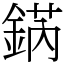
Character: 𨧨